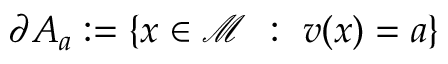
\partial A _ { a } : = \{ x \in \mathcal { M } \ : \ v ( x ) = a \}